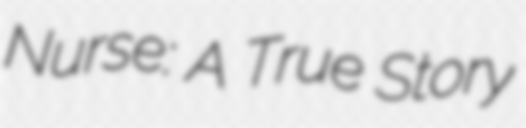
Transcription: Nurse: A True Story